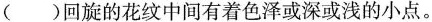
( )回旋的花纹中间有着色泽或深或浅的小点。